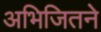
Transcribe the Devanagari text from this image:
अभिजितने